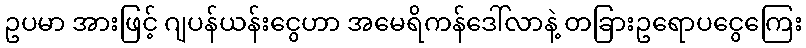
ဥပမာ အားဖြင့် ဂျပန်ယန်းငွေဟာ အမေရိကန်ဒေါ်လာနဲ့ တခြားဥရောပငွေကြေး